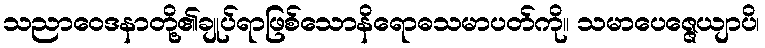
သညာဝေဒနာတို့၏ချုပ်ရာဖြစ်သောနိရောဓသမာပတ်ကို။ သမာပေဇ္ဇေယျာပိ၊